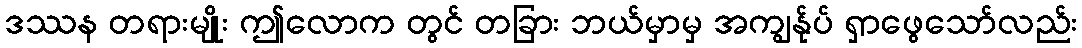
ဒဿန တရားမျိုး ဤလောက တွင် တခြား ဘယ်မှာမှ အကျွန်ုပ် ရှာဖွေသော်လည်း